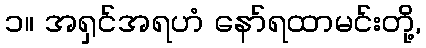
၁။ အရှင်အရဟံ နော်ရထာမင်းတို့,